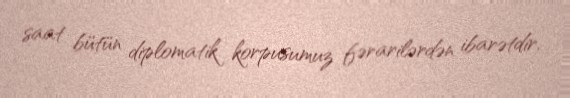
saat bütün diplomatik korpusumuz fərarilərdən ibarətdir.